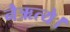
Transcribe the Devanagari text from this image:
नैऋत्ये।